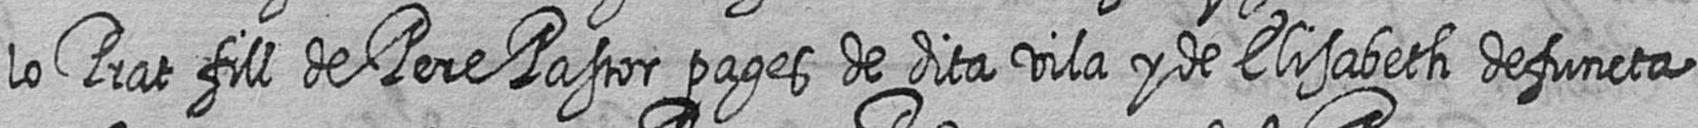
lo Prat fill de Pere Pastor pages de dita vila y de Elisabeth defuncta